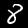
Digit: 8